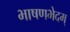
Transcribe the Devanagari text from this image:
भाषणभेदम्